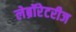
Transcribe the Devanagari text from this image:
लेब्रॉरेटरीज